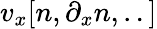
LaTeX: v_{x}[n,\partial_{x}n,..]